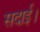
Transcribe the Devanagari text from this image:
सदाई।